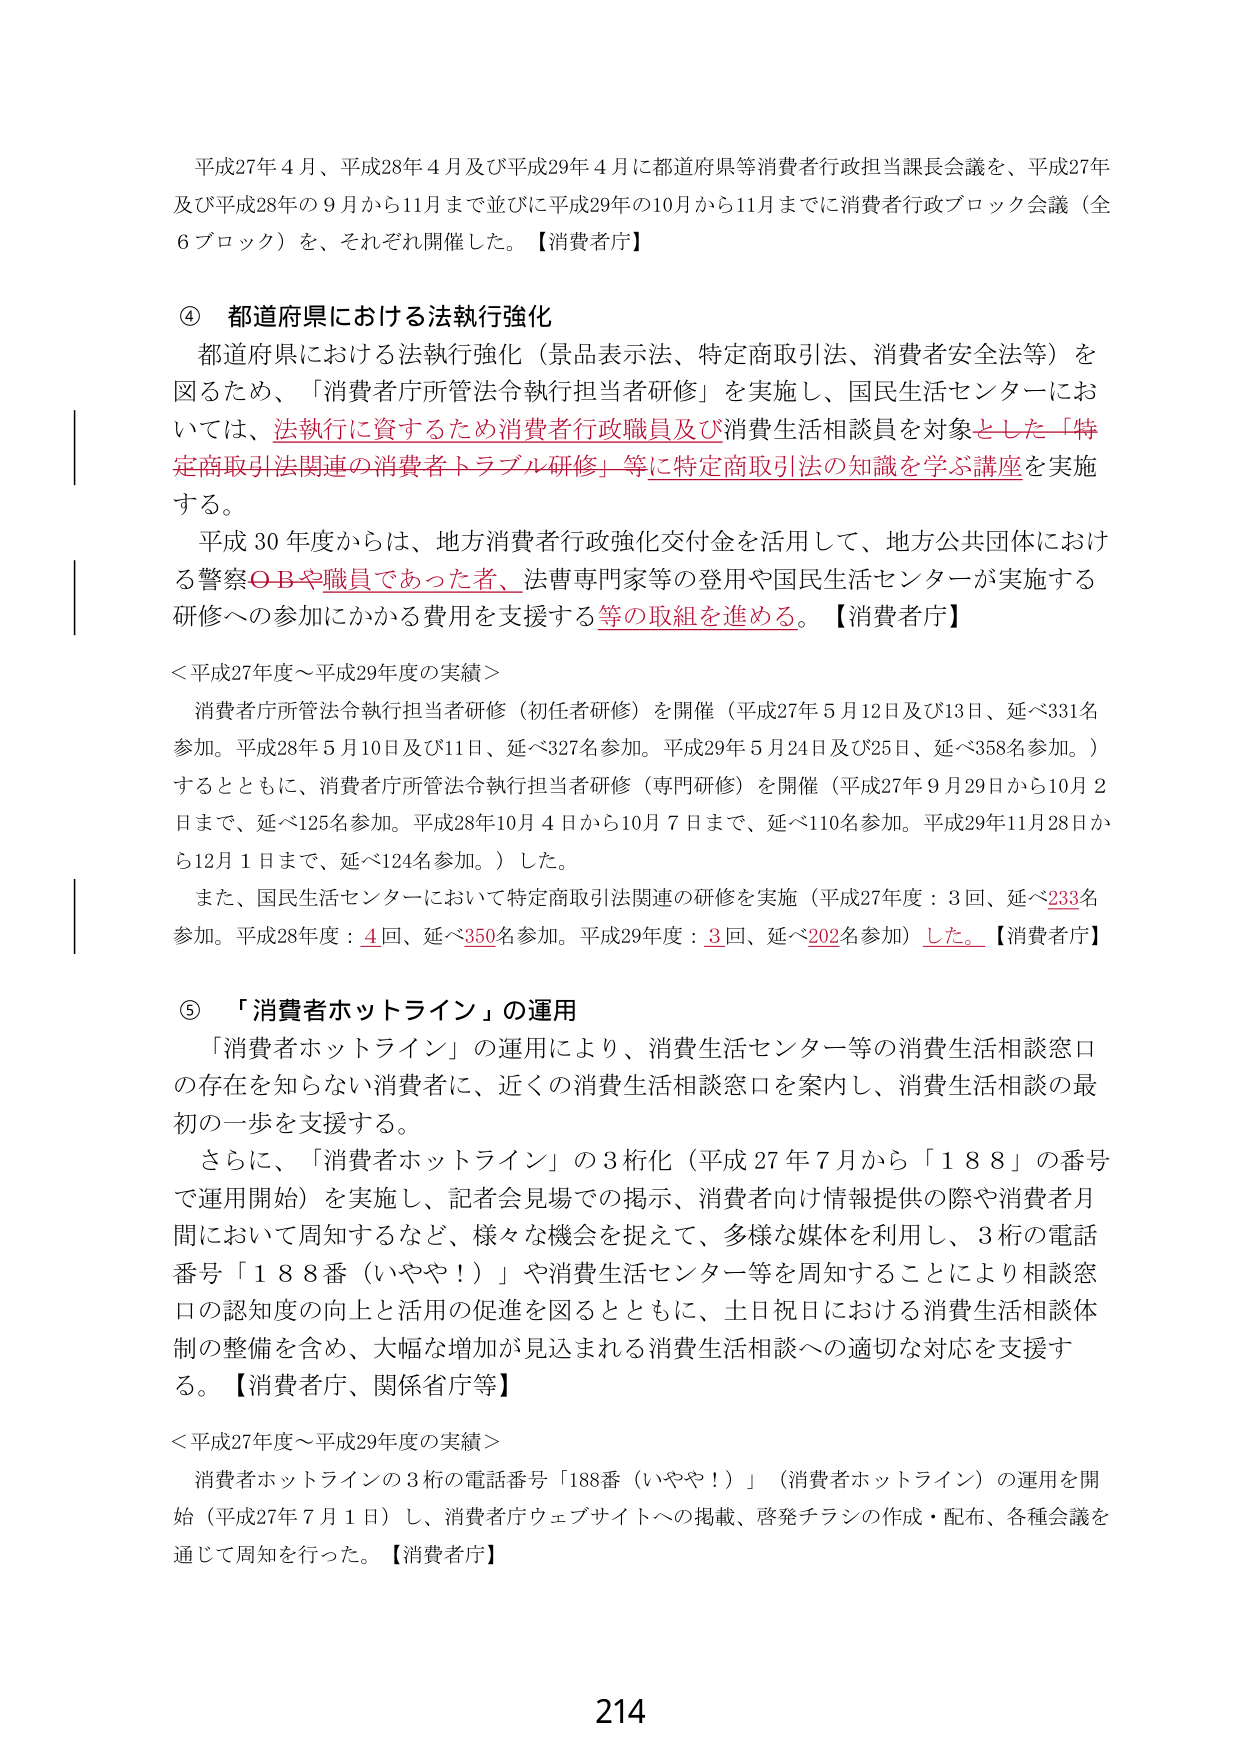
平成27年4月、平成28年4月及び平成29年4月に都道府県等消費者行政担当課長会議を、平成27年及び平成28年の9月から11月まで並びに平成29年の10月から11月までに消費者行政ブロック会議（全6ブロック）を、それぞれ開催した。【消費者庁】

④ 都道府県における法執行強化
都道府県における法執行強化（景品表示法、特定商取引法、消費者安全法等）を図るため、「消費者庁所管法令執行担当者研修」を実施し、国民生活センターにおいては、法執行に資するため消費者行政職員及び消費生活相談員を対象とした「特定商取引法関連の消費者トラブル研修」等に特定商取引法の知識を学ぶ講座を実施する。
平成30年度からは、地方消費者行政強化交付金を活用して、地方公共団体における警察OBや職員であった者、法曹専門家等の登用や国民生活センターが実施する研修への参加にかかる費用を支援する等の取組を進める。【消費者庁】

＜平成27年度～平成29年度の実績＞
消費者庁所管法令執行担当者研修（初任者研修）を開催（平成27年5月12日及び13日、延べ331名参加。平成28年5月10日及び11日、延べ327名参加。平成29年5月24日及び25日、延べ358名参加。）するとともに、消費者庁所管法令執行担当者研修（専門研修）を開催（平成27年9月29日から10月2日まで、延べ125名参加。平成28年10月4日から10月7日まで、延べ110名参加。平成29年11月28日から12月1日まで、延べ124名参加。）した。
また、国民生活センターにおいて特定商取引法関連の研修を実施（平成27年度：3回、延べ233名参加。平成28年度：4回、延べ350名参加。平成29年度：3回、延べ202名参加）した。【消費者庁】

⑤ 「消費者ホットライン」の運用
「消費者ホットライン」の運用により、消費生活センター等の消費生活相談窓口の存在を知らない消費者に、近くの消費生活相談窓口を案内し、消費生活相談の最初の一歩を支援する。
さらに、「消費者ホットライン」の3桁化（平成27年7月から「188」の番号で運用開始）を実施し、記者会見場での掲示、消費者向け情報提供の際や消費者月間において周知するなど、様々な機会を捉えて、多様な媒体を利用し、3桁の電話番号「188番（いやや！）」や消費生活センター等を周知することにより相談窓口の認知度の向上と活用の促進を図るとともに、土日祝日における消費生活相談体制の整備を含め、大幅な増加が見込まれる消費生活相談への適切な対応を支援する。【消費者庁、関係省庁等】

＜平成27年度～平成29年度の実績＞
消費者ホットラインの3桁の電話番号「188番（いやや！）」（消費者ホットライン）の運用を開始（平成27年7月1日）し、消費者庁ウェブサイトへの掲載、啓発チラシの作成・配布、各種会議を通じて周知を行った。【消費者庁】

214